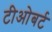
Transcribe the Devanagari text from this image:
टीओबर्ट